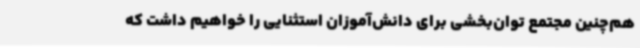
هم‌چنین مجتمع توان‌بخشی برای دانش‌آموزان استثنایی را خواهیم داشت که